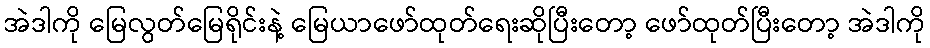
အဲဒါကို မြေလွတ်မြေရိုင်းနဲ့ မြေယာဖော်ထုတ်ရေးဆိုပြီးတော့ ဖော်ထုတ်ပြီးတော့ အဲဒါကို